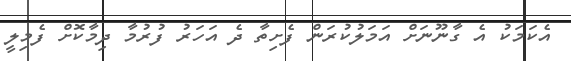
އެކަމަކު އެ ގާނޫނަށް އަމަލުކުރަން ފެށިތާ ދެ އަހަރު ފުރުމާ ދިމާކޮށް ފެމިލީ